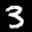
Label: 3